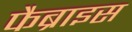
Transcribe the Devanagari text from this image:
फैब्राइस